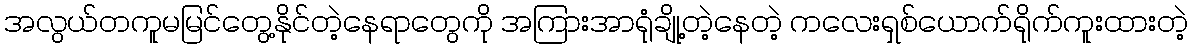
အလွယ်တကူမမြင်တွေ့နိုင်တဲ့နေရာတွေကို အကြားအာရုံချို့တဲ့နေတဲ့ ကလေးရှစ်ယောက်ရိုက်ကူးထားတဲ့